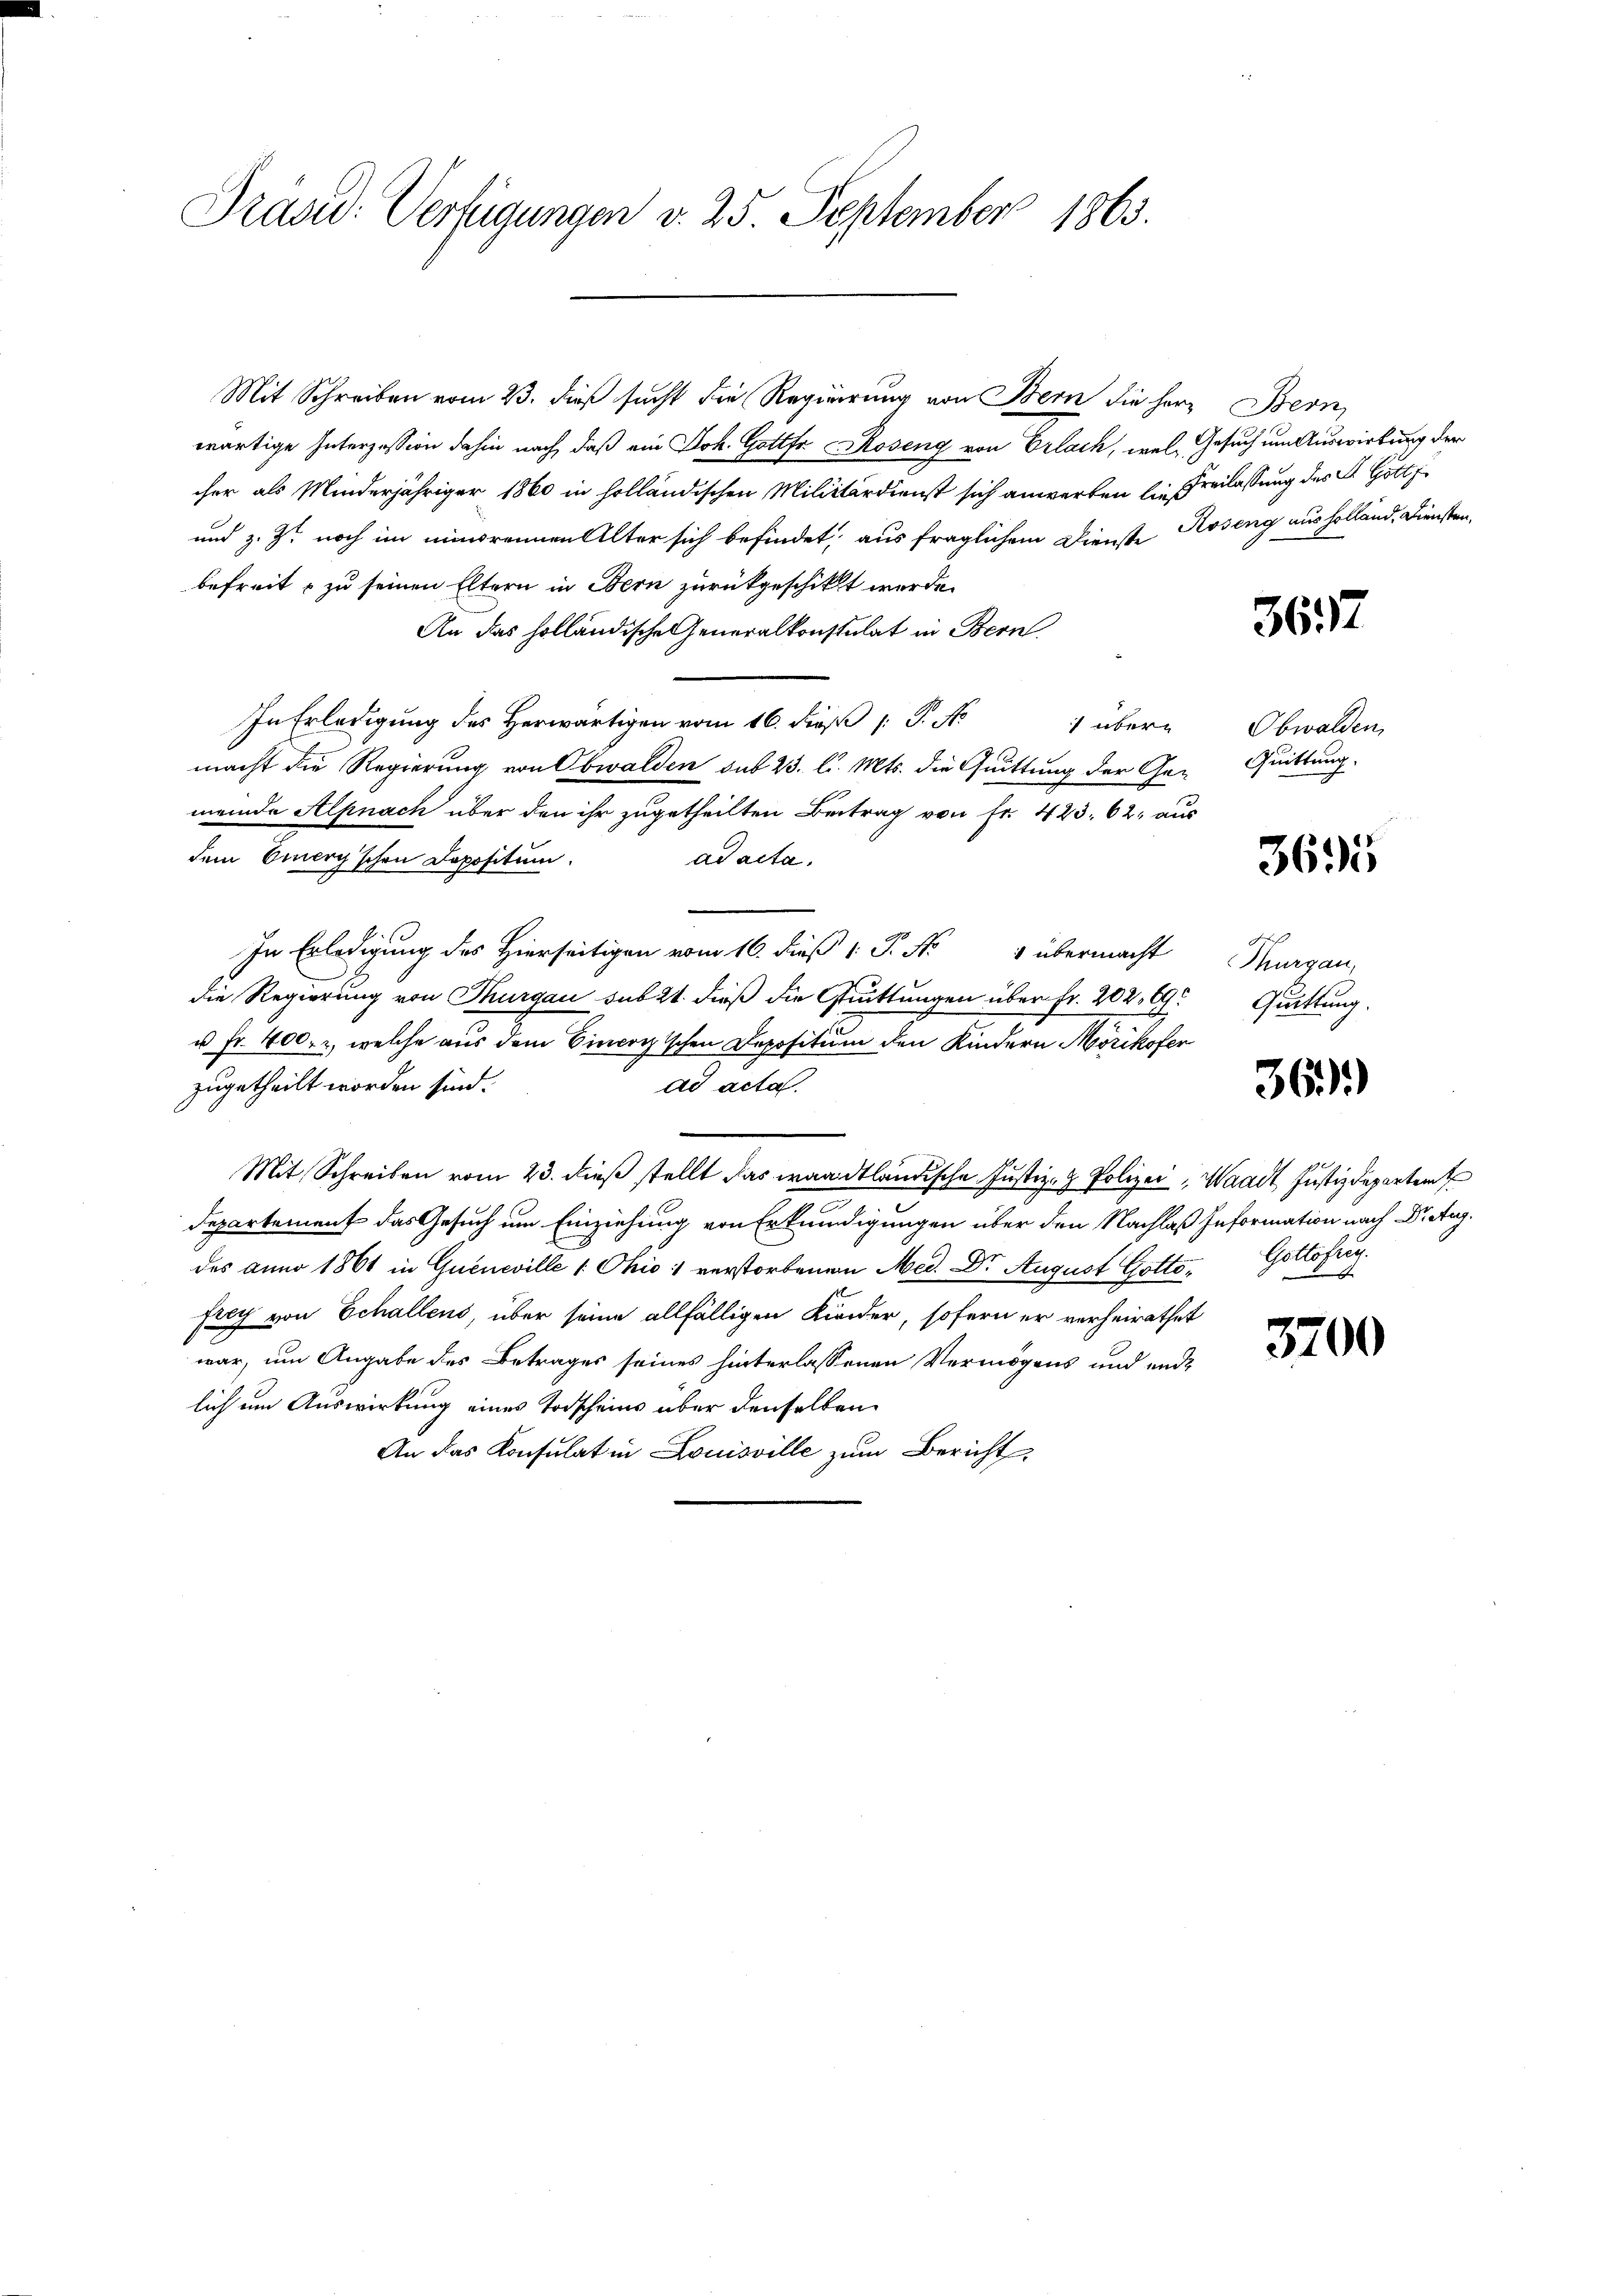
Präsid. Verfügungen v. 25. September 1863.

Mit Schreiben vom 23. dieß sucht die Regierung von Bern die Herr Bern,
wärtige Interzession dahin nach, daß ein Joh. Gottfr. Roseng von Erlach, wel Gesuch um Auswirkung der
cher als Minderjähriger 1860 in holländischen Militärdienst sich anwerten die Freilassung des St. Gott
und z. Zt. noch im minorennen Alter sich befindet, aus fraglichem Dienste Roseng ausholland. Diensten,
befreit & zu seinen Eltern in Bern zurückgeschikt wurde.
An das holländische eneralkonstulat in Bern
In Erledigung des Herwärtigen vom 16. dieß P. N. über-
macht die Regierung von Obwalden sub 23. l. Mts. die Quittung der Gemeinde Alpnach über den ihr zugetheilten Beitrag von Fr. 423. 62, aus
dem Einerg'schen Depositum.
ad acta.
In Erledigung des Hierseitigen vom 16. dieß 1 P. Nr. 1 übermacht
die Regierung von Thurgau sub 21. dieß die Grüttungen über Fr. 202, 19
u Fr. 400. r, welche aus dem Sincogischen Depositum den Kindern Mörikofen
zugetheilt worden sind.
ad acta.
Mit Schreiben vom 23. dieß stellt das waadtländische Justiz- & Polizei, Waadt, Justizdepartent
Departement das Gesuch um Einziehung von Erkundigungen über den Nachlaß Information nach Dr. Aug.
des anno 1861 in Queneville 1 Ohio 1 verstorbenen Med. Dr. August Gottofrey von Schallens, über seine allfälligen Kinder, sofern er verheirathet
war, um Angabe des Betrages seines hinterlassenen Vermögens und end
lich um Auswirkung eines Todscheins über denselben
An das Konsulat in Louisville zum Bericht

3637

Obwalden,
Quittung.

3695

Ges
Thurgau,
Quittung,

36)

Gottofrey.
o

3700